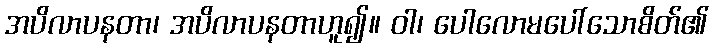
အပိလာပနတာ၊ အပိလာပနတာဟူ၍။ ဝါ၊ ပေါလောမပေါ်သောစိတ်၏